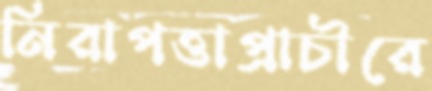
নিরাপত্তাপ্রাচীরে